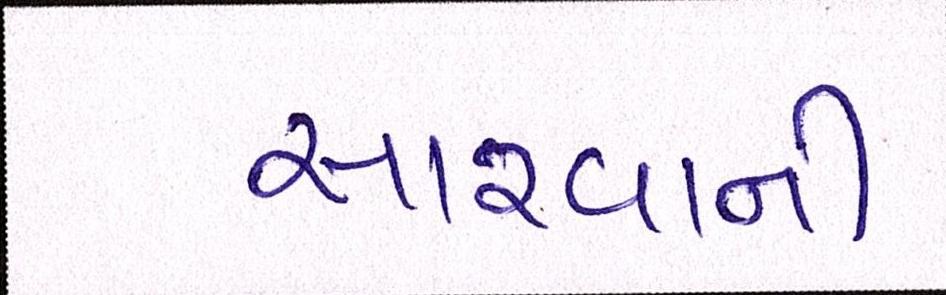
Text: સારવાની